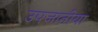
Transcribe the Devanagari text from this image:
उपजातीया